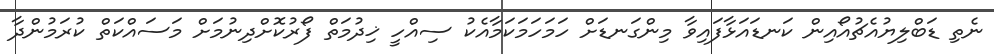
ނެތި ޑަބްލިޔުއެޗުއޯއިން ކަނޑައަޅާފައިވާ މިންގަނޑަށް ހަމަހަމަކަމާއެކު ސިއްހީ ޚިދުމަތް ފޯރުކޮށްދިނުމަށް މަސައްކަތް ކުރަމުންދާ